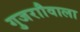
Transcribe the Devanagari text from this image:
गुजराौवाला